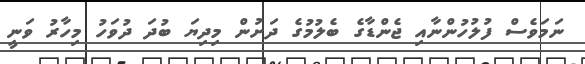
ނަމަވެސް ފުލުހުންނާއި ޖެންޑާގެ ބެލުމުގެ ދަށުން މިދިޔަ ބުދަ ދުވަހު މިހާރު ވަނީ